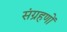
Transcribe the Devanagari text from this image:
संग्रहणों